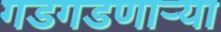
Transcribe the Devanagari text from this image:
गडगडणाऱ्या